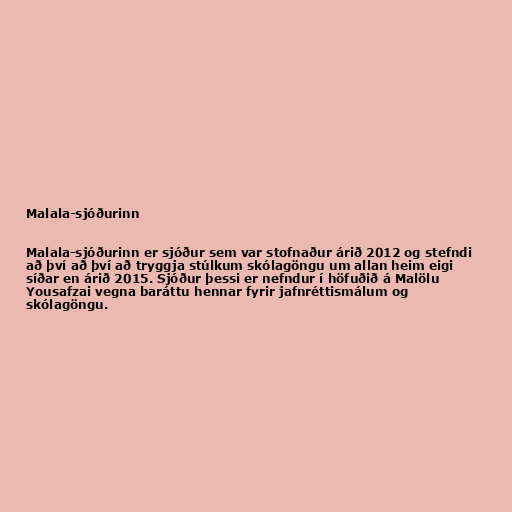
Malala-sjóðurinn

Malala-sjóðurinn er sjóður sem var stofnaður árið 2012 og stefndi
að því að því að tryggja stúlkum skólagöngu um allan heim eigi
síðar en árið 2015. Sjóður þessi er nefndur í höfuðið á Malölu
Yousafzai vegna baráttu hennar fyrir jafnréttismálum og
skólagöngu.